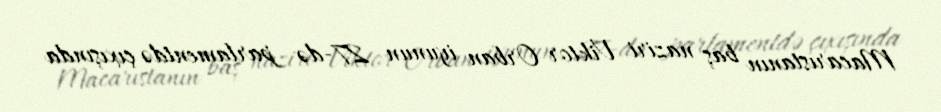
Macarıstanın baş naziri Viktor Orban iyunun 27-də parlamentdə çıxışında